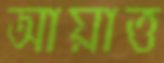
আয়াত্ত